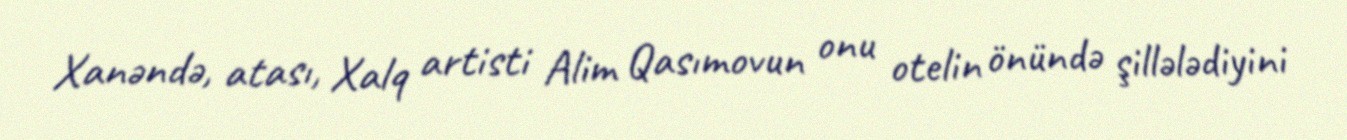
Xanəndə, atası, Xalq artisti Alim Qasımovun onu otelin önündə şillələdiyini